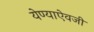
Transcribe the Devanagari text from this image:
येण्याऐवजी